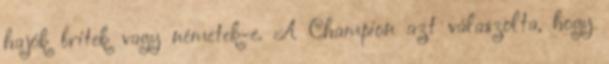
hajók britek vagy németek-e. A Champion azt válaszolta, hogy